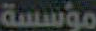
مؤسسة